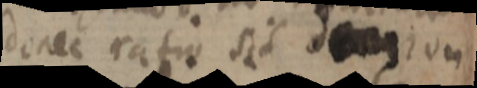
donec ratio sid _ ium